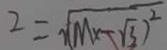
2 = \sqrt { ( m x - \sqrt { 3 } } ) ^ { 2 }